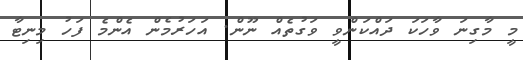
މީ މާގިނަ ވާހަކަ ދައްކަންވީ ވަގުތެއް ނޫން. އަހަރުމެން އެންމެ ފަހު މިނިޓާ